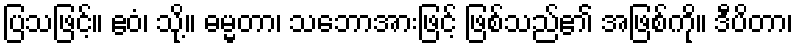
ပြသဖြင့်။ ဧဝံ၊ သို့။ ဓမ္မတာ၊ သဘောအားဖြင့် ဖြစ်သည်၏ အဖြစ်ကို။ ဒီပိတာ၊